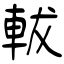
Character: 軷